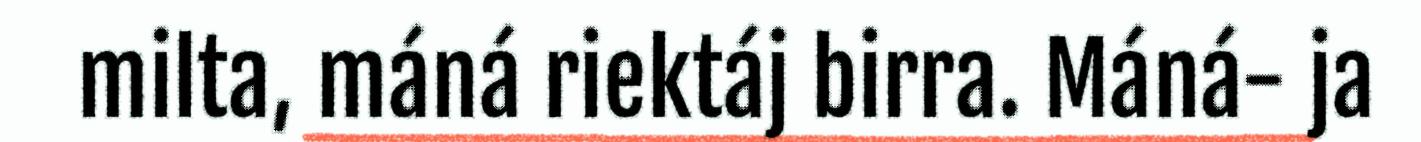
milta, máná riektáj birra. Máná- ja